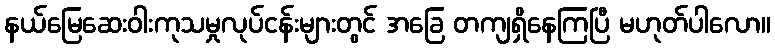
နယ်မြေဆေးဝါးကုသမှုလုပ်ငန်းများတွင် အခြေ တကျရှိနေကြပြီ မဟုတ်ပါလော။